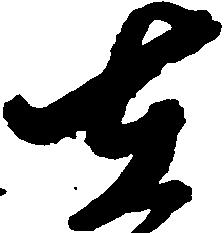
在